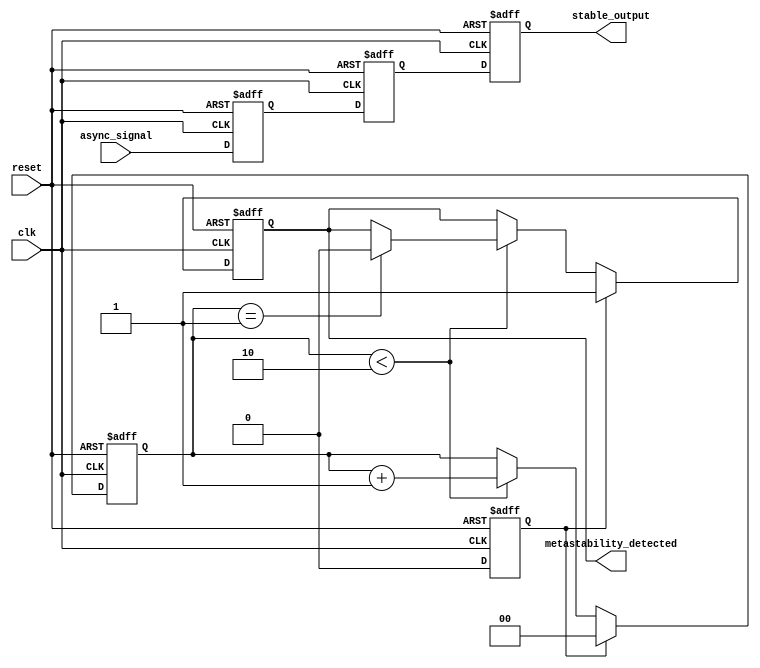
module metastability_detector (
    input wire clk,                  // Clock signal
    input wire async_signal,         // Asynchronous input signal
    input wire reset,                // Reset signal
    output reg metastability_detected, // Metastability detection flag
    output reg stable_output          // Stable output from the second flip-flop
);

    // Internal signals
    reg ff1_out;                     // Output of the first flip-flop
    reg ff2_out;                     // Output of the second flip-flop
    reg pulse;                       // Pulse signal for metastability detection
    reg [1:0] stable_counter;        // Counter to track stability

    // Parameters
    parameter STABLE_THRESHOLD = 2; // Number of clock cycles to confirm stability

    // First flip-flop to sample the asynchronous signal
    always @(posedge clk or posedge reset) begin
        if (reset) begin
            ff1_out <= 1'b0;
        end else begin
            ff1_out <= async_signal;
        end
    end

    // Second flip-flop to sample the output of the first flip-flop
    always @(posedge clk or posedge reset) begin
        if (reset) begin
            ff2_out <= 1'b0;
        end else begin
            ff2_out <= ff1_out;
        end
    end

    // Pulse generation logic
    always @(posedge clk or posedge reset) begin
        if (reset) begin
            pulse <= 1'b0;
        end else begin
            pulse <= (ff1_out != ff1_out) ? 1'b1 : 1'b0; // Generate pulse on change
        end
    end

    // Metastability detection logic
    always @(posedge clk or posedge reset) begin
        if (reset) begin
            metastability_detected <= 1'b0;
            stable_counter <= 2'b00;
        end else begin
            if (pulse) begin
                stable_counter <= 2'b00; // Reset counter on pulse
                metastability_detected <= 1'b1; // Set flag on pulse
            end else if (stable_counter < STABLE_THRESHOLD) begin
                stable_counter <= stable_counter + 1; // Increment counter
                if (stable_counter == STABLE_THRESHOLD - 1) begin
                    metastability_detected <= 1'b0; // Clear flag after threshold
                end
            end
        end
    end

    // Output stable signal
    always @(posedge clk or posedge reset) begin
        if (reset) begin
            stable_output <= 1'b0;
        end else begin
            stable_output <= ff2_out; // Output the stable signal
        end
    end

endmodule